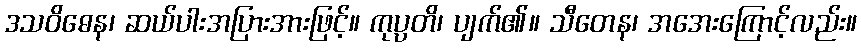
ဒသဝိဓေန၊ ဆယ်ပါးအပြားအားဖြင့်။ ကုပ္ပတိ၊ ပျက်၏။ သီတေန၊ အအေးကြောင့်လည်း။